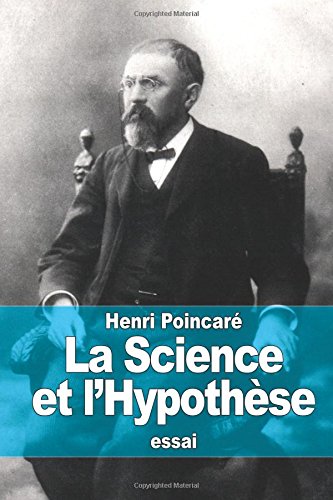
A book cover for La Science et l'HypothÃ¨se (French Edition); Henri PoincarÃ©; Science & Math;